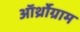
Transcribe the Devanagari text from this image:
ऑर्थ्रोग्राम